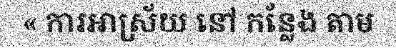
« ការឤស្រ័យ នៅ កន្លែង តាម